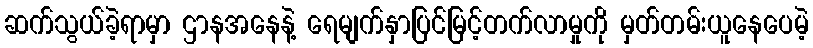
ဆက်သွယ်ခဲ့ရာမှာ ဌာနအနေနဲ့ ရေမျက်နှာပြင်မြင့်တက်လာမှုကို မှတ်တမ်းယူနေပေမဲ့